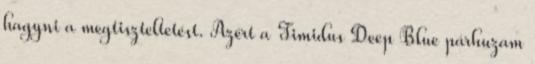
hagyni a megtiszteltetést. Azért a Timidus Deep Blue párhuzam